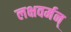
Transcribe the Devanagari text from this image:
लक्षवर्मन्‌